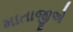
માતાજીએ